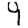
Digit: 4